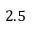
2 . 5